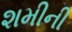
શમીની